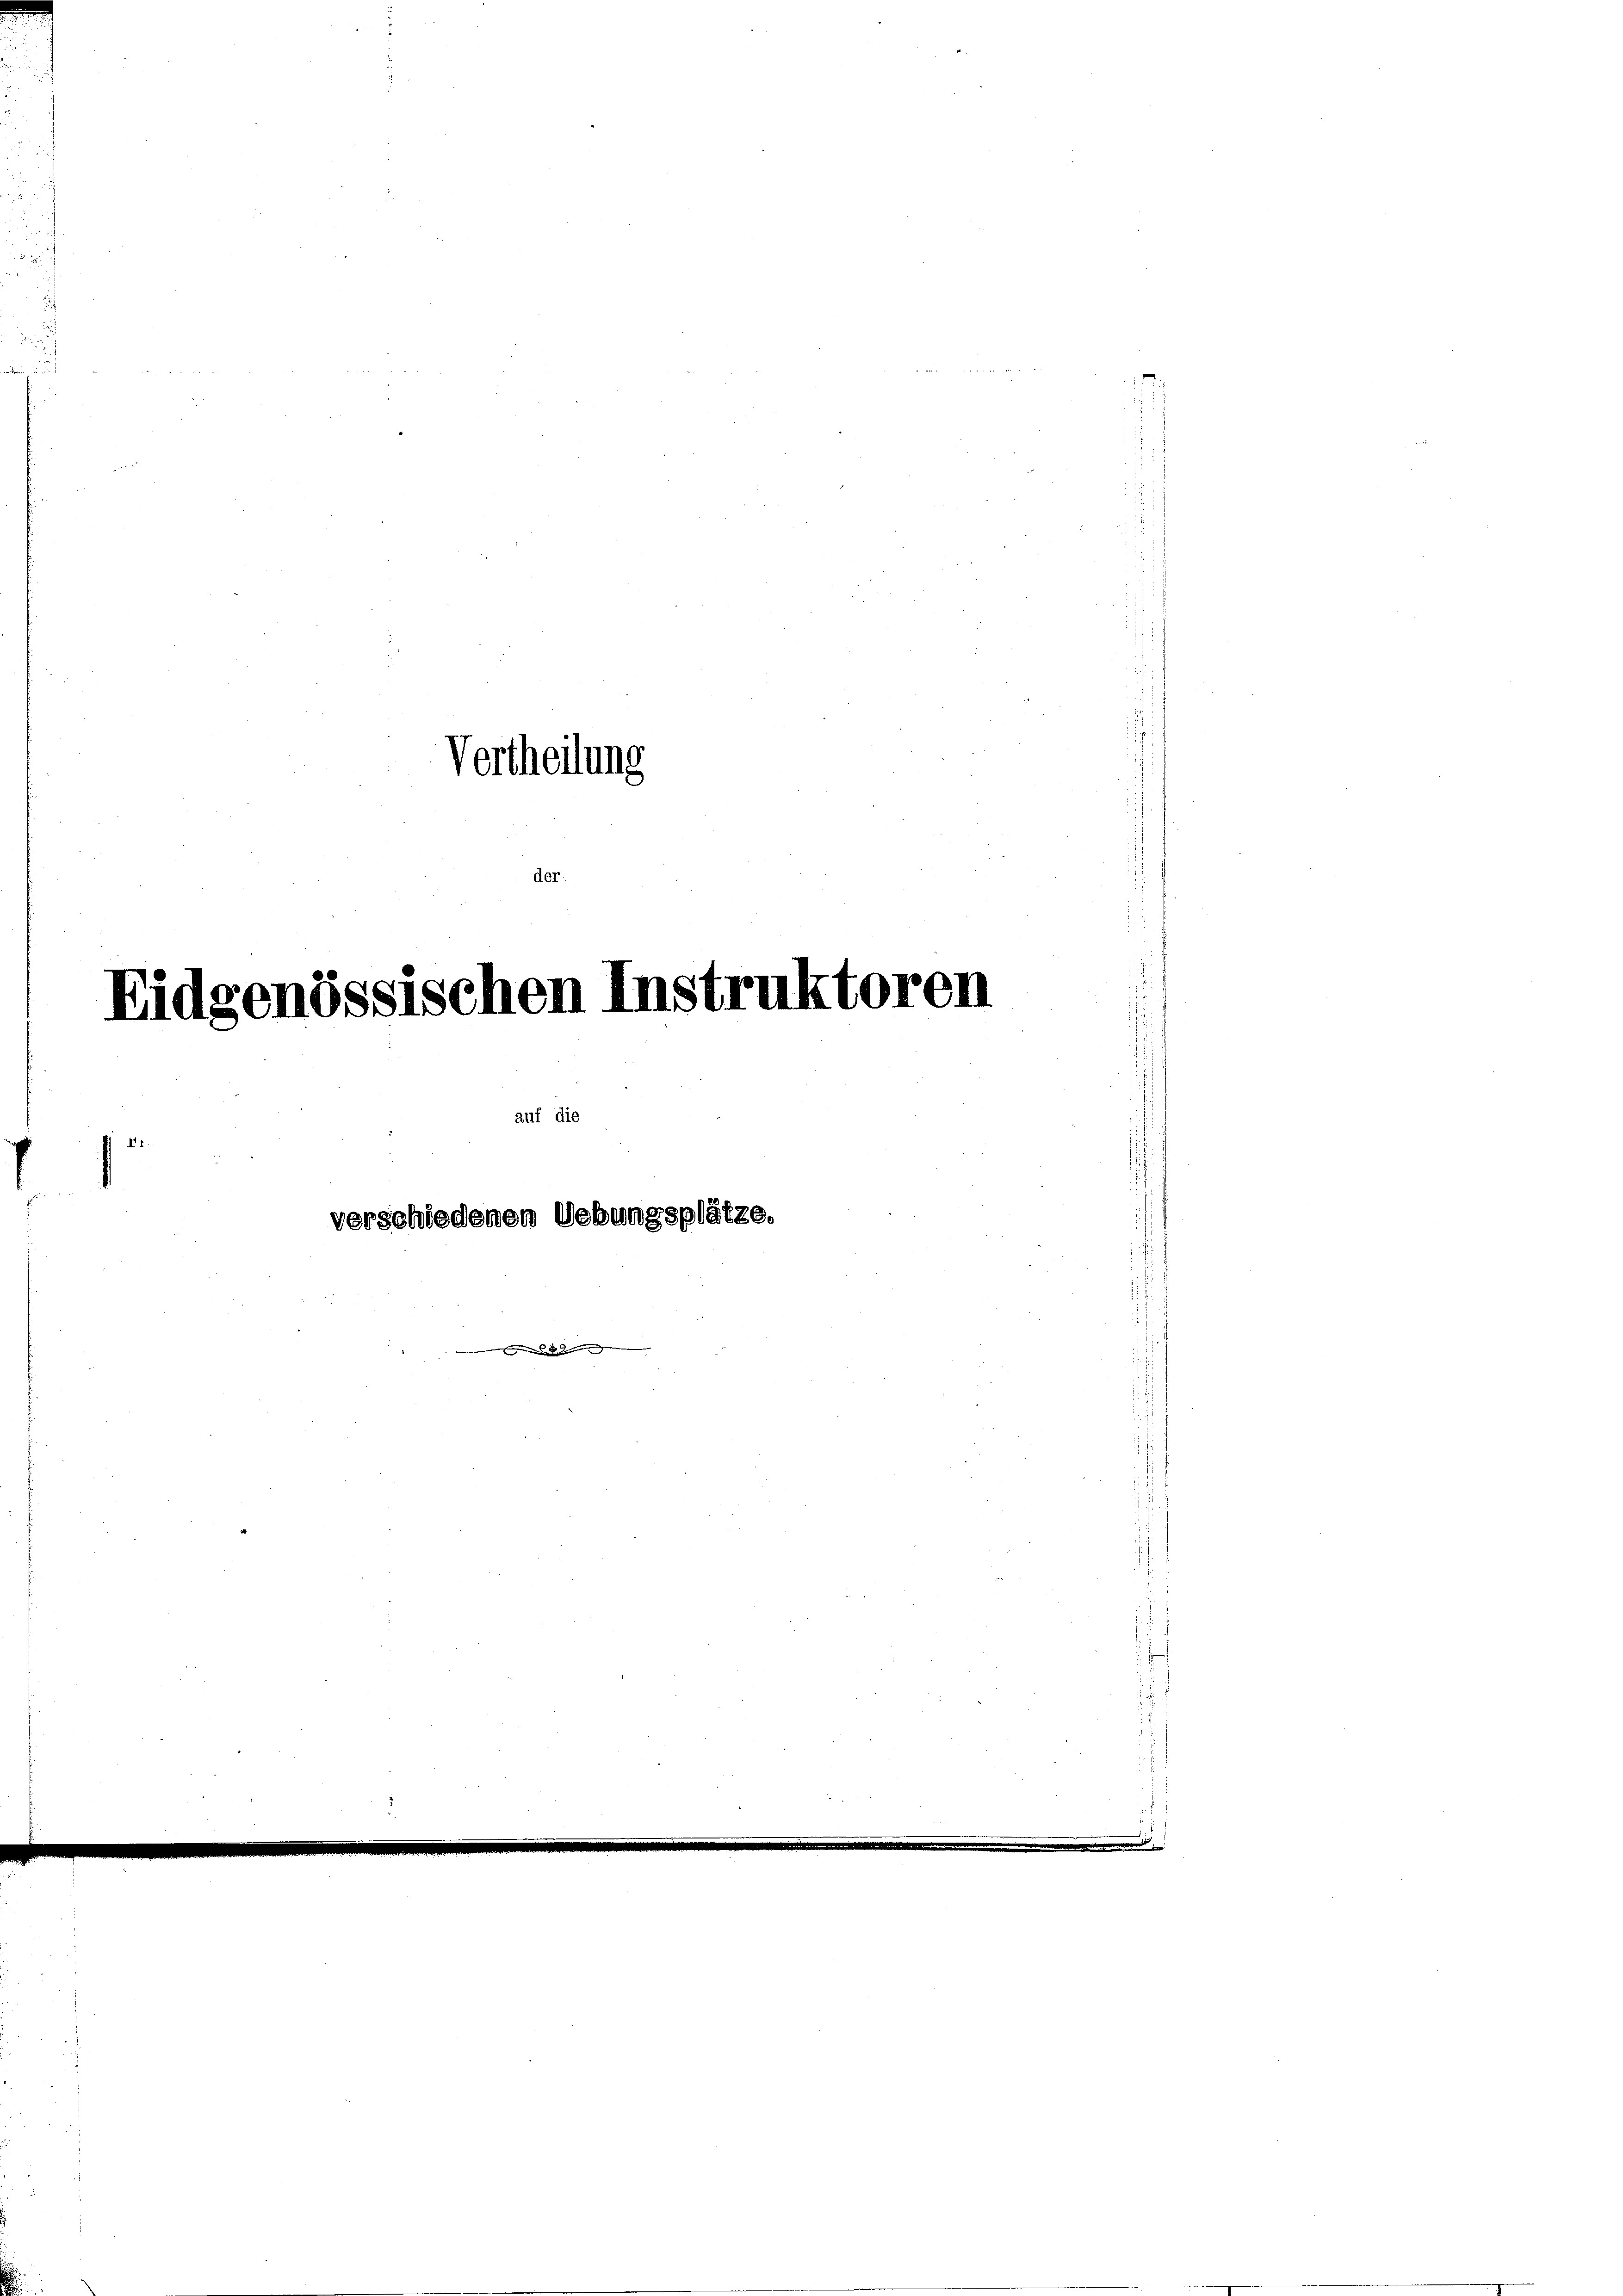
Vertheilung
der.

Eidgenössischen Instruktoren
auf die
verschiedenen Uebungsplätze.